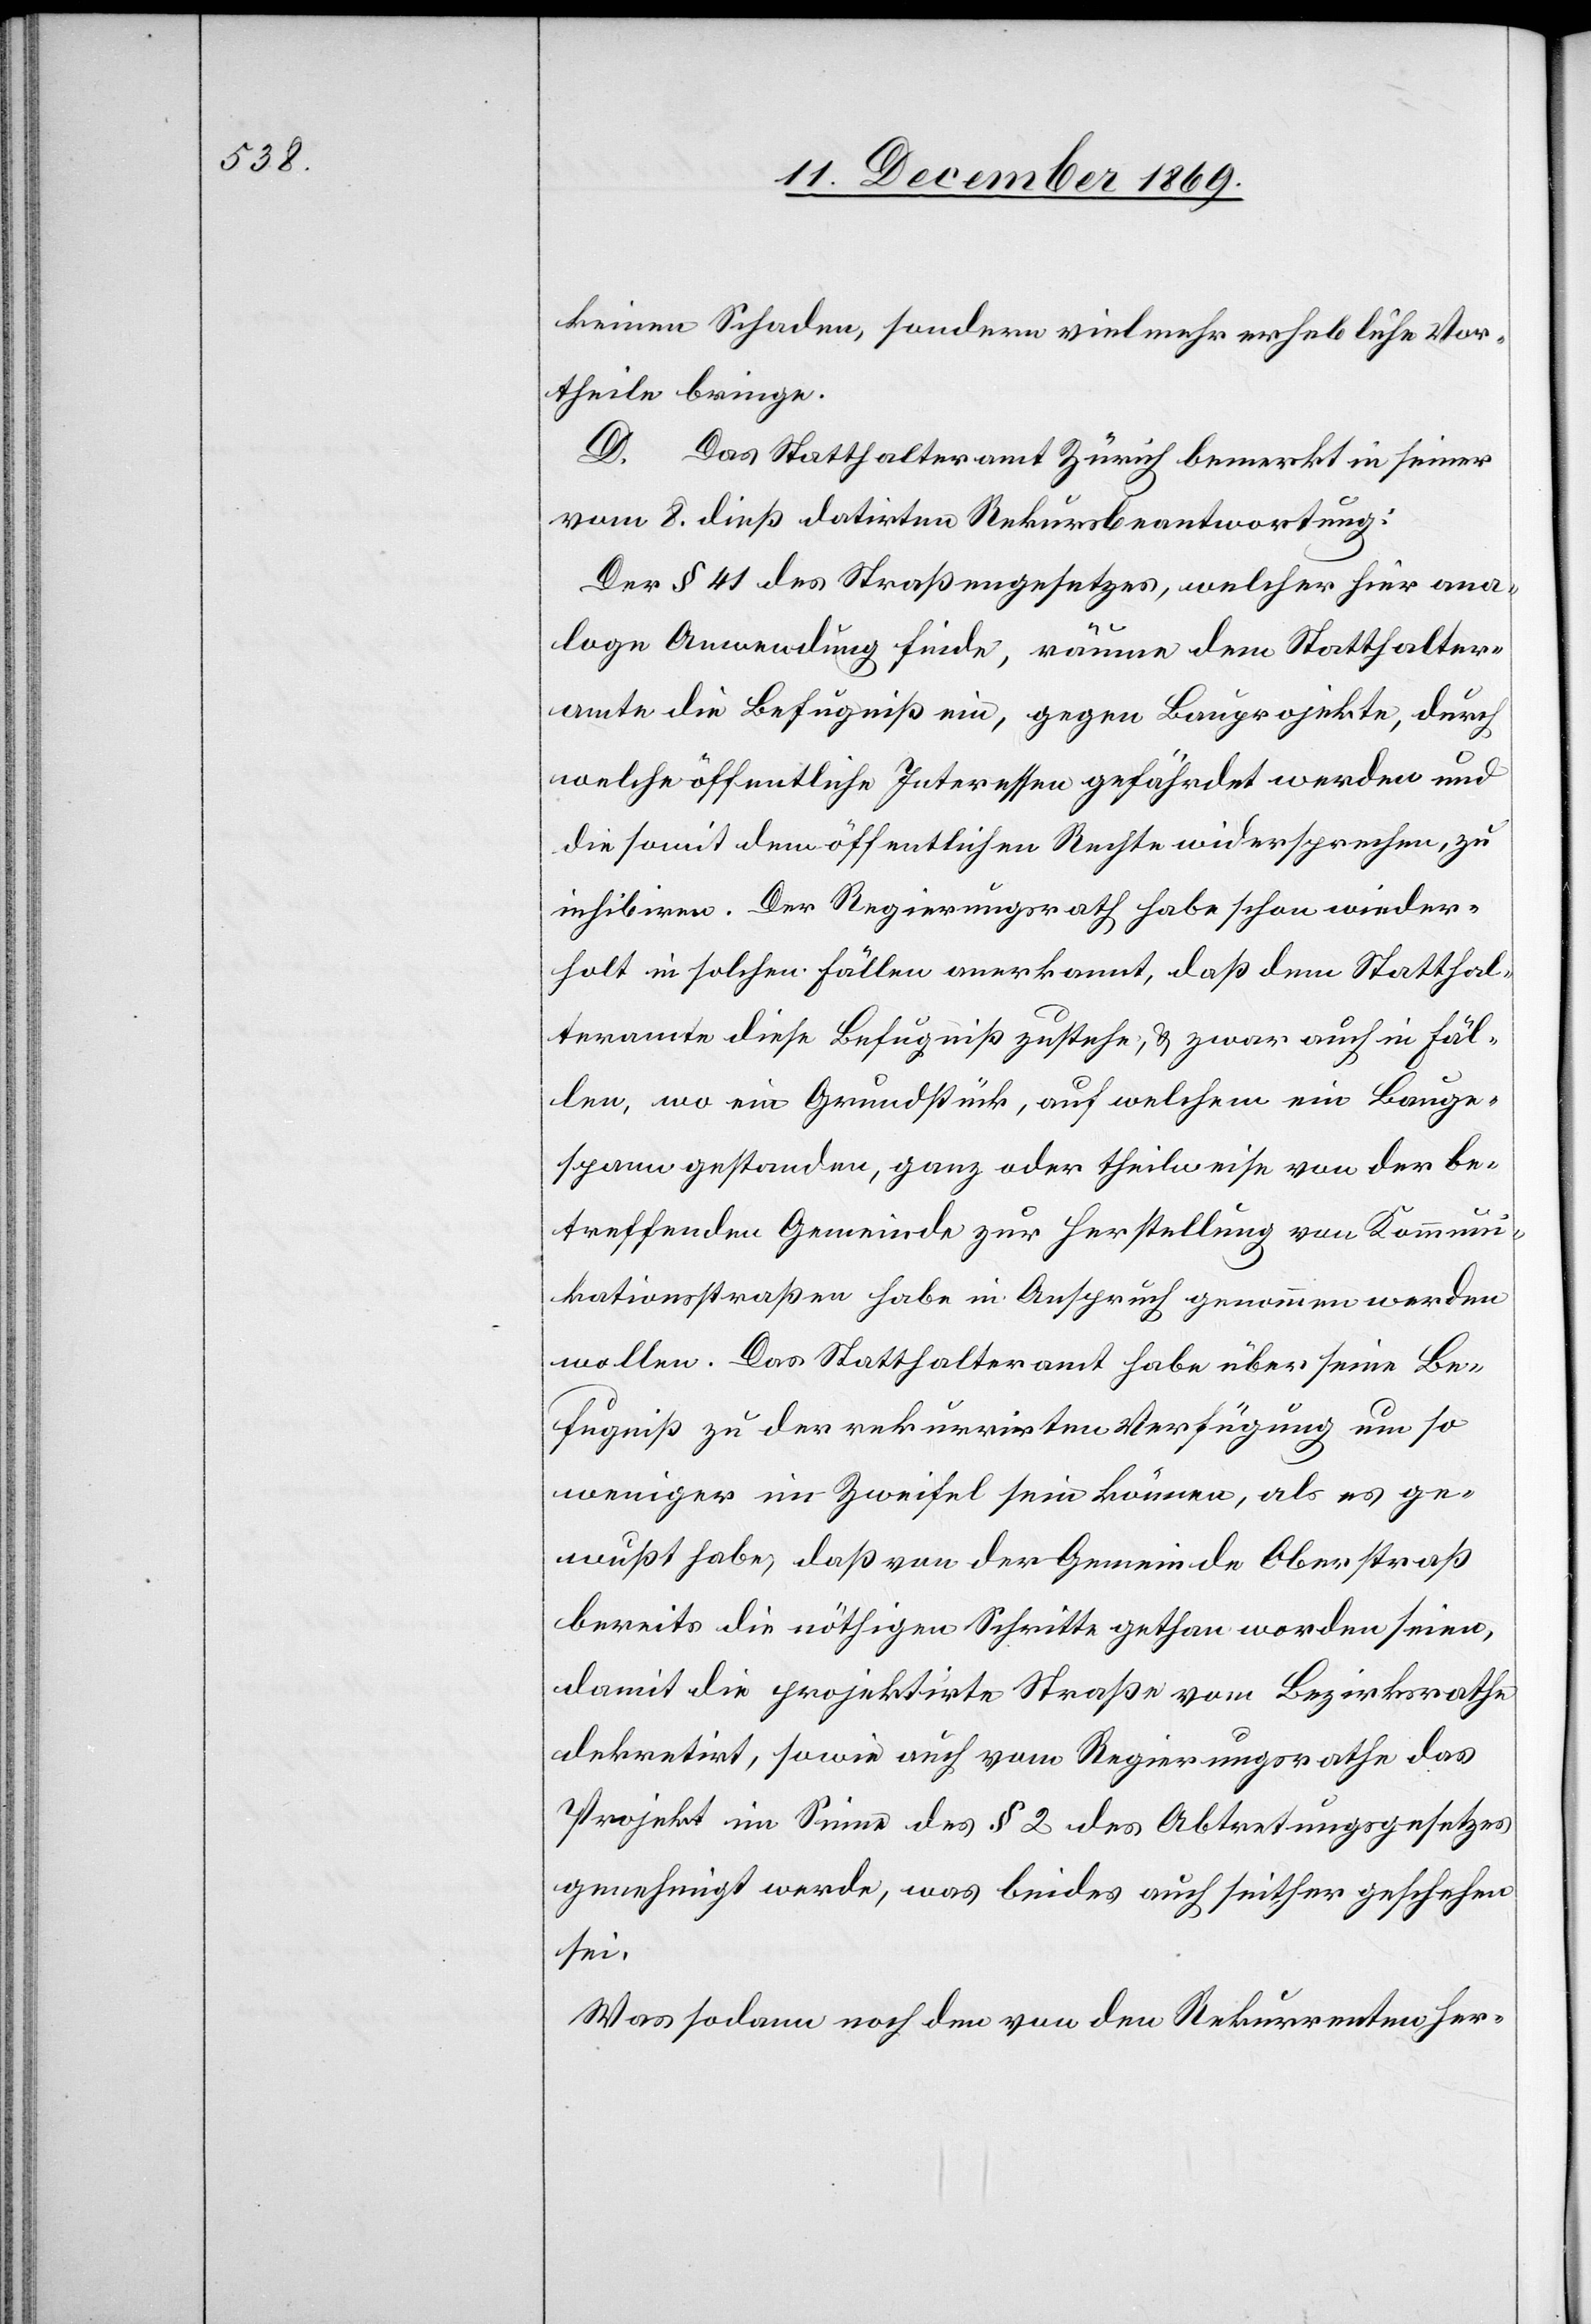
keinen Schaden, sondern vielmehr erhebliche Vor¬
theile bringe.
D. Das Statthalteramt Zürich bemerkt in seiner
vom 8. dieß datirten Rekursbeantwortung:
Der § 41 des Straßengesetzes, welcher hier ana¬
loge Anwendung finde, räume dem Statthalter¬
amte die Befugniß ein, gegen Bauprojekte, durch
welche öffentliche Interessen gefährdet werden und
die somit dem öffentlichen Rechte widersprechen, zu
inhibiren. Der Regierungsrath habe schon wieder¬
holt in solchen Fällen anerkannt, daß dem Statthal¬
teramte diese Befugniß zustehe, & zwar auch in Fäl¬
len, wo ein Grundstück, auf welchem ein Bauge¬
spann gestanden, ganz oder theilweise von der be¬
treffenden Gemeinde zur Herstellung von Kommuni¬
kationsstraßen habe in Anspruch genommen werden
wollen. Das Statthalteramt habe über seine Be¬
fugniß zu der rekurrirten Verfügung um so
weniger im Zweifel sein können, als es ge¬
wußt habe, daß von der Gemeinde Oberstraß
bereits die nöthigen Schritte gethan worden seien,
damit die projektirte Straße vom Bezirksrathe
dekretirt, sowie auch vom Regierungsrathe das
Projekt im Sinne des § 2 des Abtretungsgesetzes
genehmigt werde, was beides auch seither geschehen
sei.
Was sodann noch den von den Rekurrenten her-